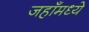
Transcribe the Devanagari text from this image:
जहाँमध्ये